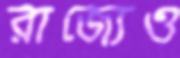
রাজ্যেও